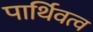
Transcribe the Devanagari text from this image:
पार्थिवत्व